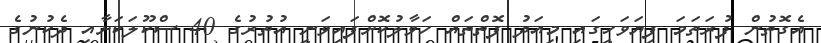
އެގޮތުން ފުރަތަމަ ފިޔަވަހީގައި މިއަދު ފޮތްތައް ހަވާލުކޮށްފައިވަނީ އުތުރުގެ 40 ސްކޫލަކަށާއި ދެކުނުގެ